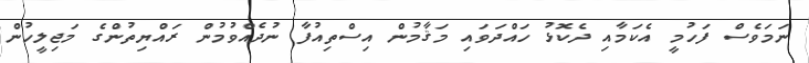
ނަމަވެސް ފަހުމީ އެކަމާއި ދެކޮޅު ހައްދަވައި މަޤާމުން އިސްތިއުފާ ނުދެއްވުމުން ރައްޔިތުންގެ މަޖިލީހުން